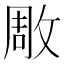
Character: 𭣶